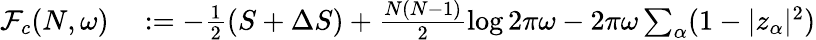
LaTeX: \begin{array}{rl}{\mathcal F_{c}(N,\omega)}&{{}:=-\frac{1}{2}\left(S+\Delta S\right)+\frac{N(N-1)}{2}\log 2\pi\omega-2\pi\omega\sum_{\alpha}(1-|z_{\alpha}|^{2})}\end{array}